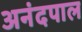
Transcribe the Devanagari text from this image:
अनंदपाल